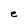
Character: e